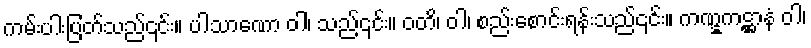
ကမ်းပါးပြတ်သည်၎င်း။ ပါသာဏော ဝါ၊ သည်၎င်း။ ဝတိ၊ ဝါ၊ စည်းစောင်းရန်းသည်၎င်း။ ကဏ္ဋကဋ္ဌာနံ ဝါ၊